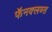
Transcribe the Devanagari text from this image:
फॅनक्लब्स